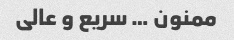
ممنون … سریع و عالی